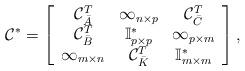
LaTeX: \begin{align*}\mathcal C^*=\left[\begin{array}{ccc}\mathcal C_{\bar A}^T & \infty_{n\times p}& \mathcal C_{\bar C}^T \\ \mathcal C_{\bar B}^T & \mathbb{I}^*_{p\times p} & \infty_{p\times m} \\\infty_{m\times n} & \mathcal C_{\bar K}^T& \mathbb{I}^*_{m\times m}\end{array}\right],\end{align*}